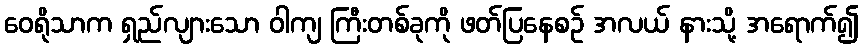
ဝေရိုသာက ရှည်လျားသော ဝါကျ ကြီးတစ်ခုကို ဖတ်ပြနေစဉ် အလယ် နားသို့ အရောက်၍